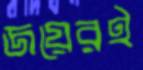
জয়েরই